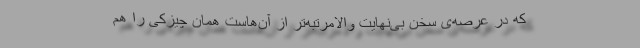
که در عرصه‌ی سخن بی‌نهایت والامرتبه‌تر از آن‌هاست همان چیزکی را هم